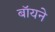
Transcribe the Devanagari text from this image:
बॉयने